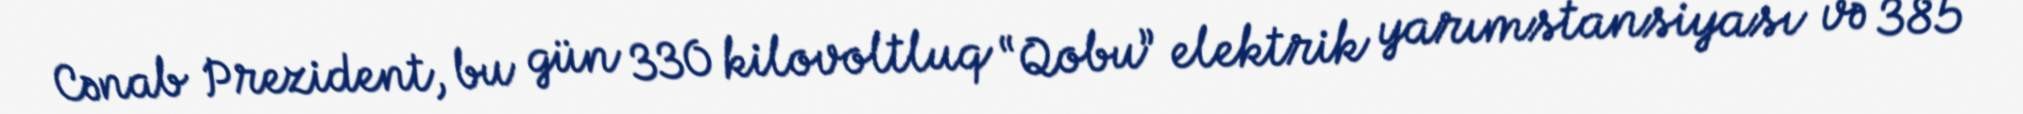
Cənab Prezident, bu gün 330 kilovoltluq “Qobu” elektrik yarımstansiyası və 385